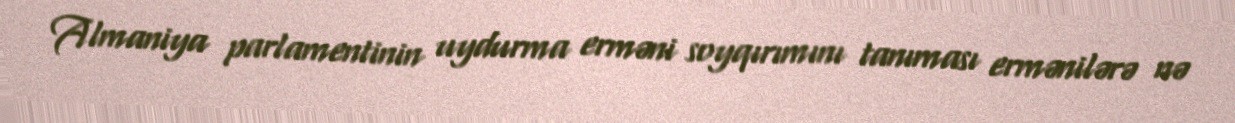
Almaniya parlamentinin uydurma erməni soyqırımını tanıması ermənilərə nə